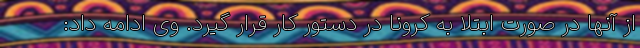
از آنها در صورت ابتلا به کرونا در دستور کار قرار گیرد. وی ادامه داد: